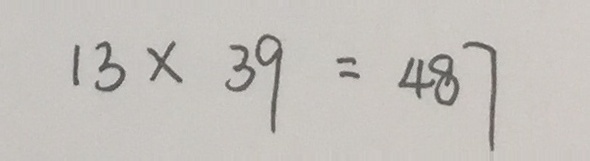
1 3 \times 3 9 = 4 8 7